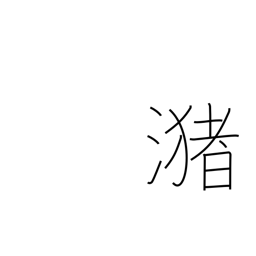
Meaning: a pool